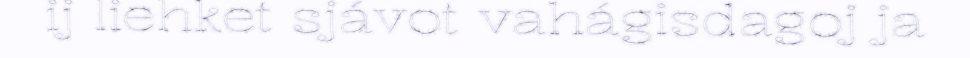
ij liehket sjávot vahágisdagoj ja